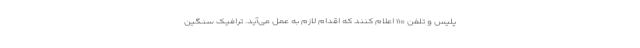
پلیس و تلفن ۱۱۰ اعلام کنند که اقدام لازم به عمل می‌آید. ترافیک سنگین